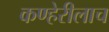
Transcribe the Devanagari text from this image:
कण्हेरीलाच